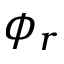
\phi _ { r }